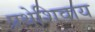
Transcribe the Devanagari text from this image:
प्रथेशिवाय